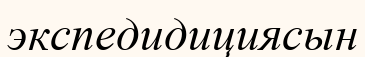
экспедидициясын